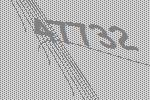
47732